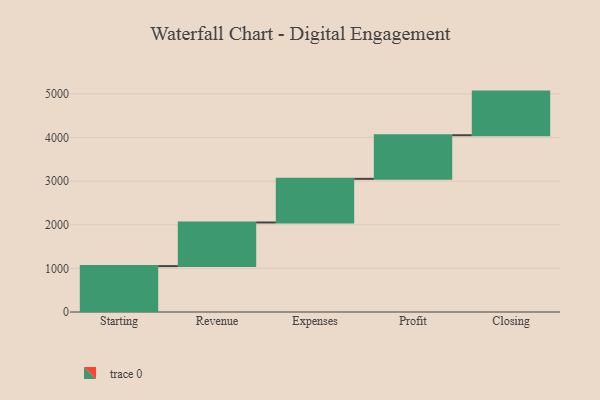
{"axis": {"x": "Step", "y": "Value"}, "legend": [""], "data": [{"x": "Starting", "y": 1052.0, "type": ""}, {"x": "Revenue", "y": 1000, "type": ""}, {"x": "Expenses", "y": 1000, "type": ""}, {"x": "Profit", "y": 1000, "type": ""}, {"x": "Closing", "y": 1000, "type": ""}]}